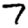
Digit: 7